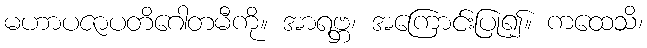
မဟာပဇာပတိဂေါတမီကို။ အာရဗ္ဘ၊ အကြောင်းပြု၍။ ကထေသိ၊